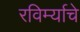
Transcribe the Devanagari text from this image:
रविर्म्याचे